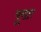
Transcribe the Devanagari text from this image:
पूरात